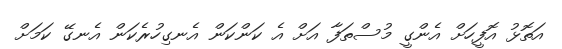
އަތޮޅު އޮފީހަށް އެންގީ މުސްތަފާ އަށް އެ ކަންކަން އެނގިހުރެކަން އެނގޭ ކަމަށް